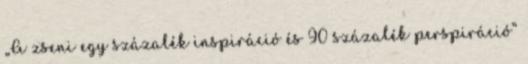
„A zseni egy százalék inspiráció és 90 százalék perspiráció”